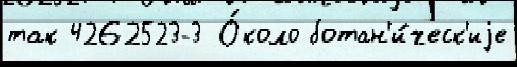
так 4262523-3 О́коло ботан'и́ческ'иjе